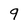
Character: 9